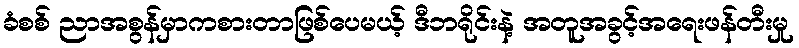
ခံစစ် ညာအစွန်မှာကစားတာဖြစ်ပေမယ့် ဒီဘရိုင်းနဲ့ အတူအခွင့်အရေးဖန်တီးမှု